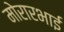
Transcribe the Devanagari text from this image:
मोरारभाई